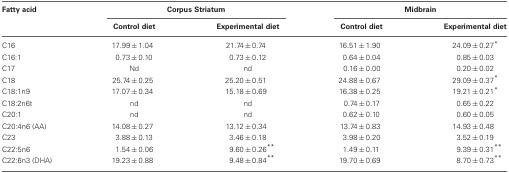
<table><thead><tr><td><b>Fatty acid</b></td><td colspan="2"><b>Corpus Striatum</b></td><td colspan="2"><b>Midbrain</b></td></tr><tr><td></td><td><b>Control diet</b></td><td><b>Experimental diet</b></td><td><b>Control diet</b></td><td><b>Experimental diet</b></td></tr></thead><tbody><tr><td>C16</td><td>17.99 ± 1.04</td><td>21.74 ± 0.74</td><td>16.51 ± 1.90</td><td>24.09 ± 0.27<sup>*</sup></td></tr><tr><td>C16:1</td><td>0.73 ± 0.10</td><td>0.73 ± 0.12</td><td>0.64 ± 0.04</td><td>0.85 ± 0.03</td></tr><tr><td>C17</td><td>Nd</td><td>nd</td><td>0.16 ± 0.00</td><td>0.20 ± 0.02</td></tr><tr><td>C18</td><td>25.74 ± 0.25</td><td>25.20 ± 0.51</td><td>24.88 ± 0.67</td><td>29.09 ± 0.37<sup>*</sup></td></tr><tr><td>C18:1n9</td><td>17.07 ± 0.34</td><td>15.18 ± 0.69</td><td>16.38 ± 0.25</td><td>19.21 ± 0.21<sup>*</sup></td></tr><tr><td>C18:2n6t</td><td>nd</td><td>nd</td><td>0.74 ± 0.17</td><td>0.65 ± 0.22</td></tr><tr><td>C20:1</td><td>nd</td><td>nd</td><td>0.62 ± 0.10</td><td>0.60 ± 0.05</td></tr><tr><td>C20:4n6 (AA)</td><td>14.08 ± 0.27</td><td>13.12 ± 0.34</td><td>13.74 ± 0.83</td><td>14.93 ± 0.48</td></tr><tr><td>C23</td><td>3.88 ± 0.13</td><td>3.46 ± 0.18</td><td>3.98 ± 0.20</td><td>3.52 ± 0.19</td></tr><tr><td>C22:5n6</td><td>1.54 ± 0.06</td><td>9.60 ± 0.26<sup>**</sup></td><td>1.49 ± 0.11</td><td>9.39 ± 0.31<sup>**</sup></td></tr><tr><td>C22:6n3 (DHA)</td><td>19.23 ± 0.88</td><td>9.48 ± 0.84<sup>**</sup></td><td>19.70 ± 0.69</td><td>8.70 ± 0.73<sup>**</sup></td></tr></tbody></table>